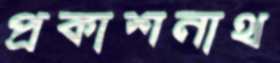
প্রকাশনাথ